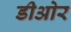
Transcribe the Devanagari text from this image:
डीओर